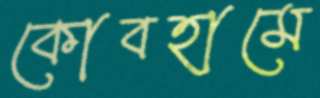
কোবহামে